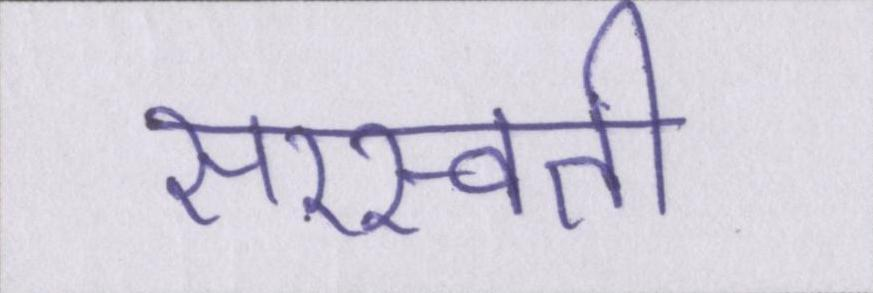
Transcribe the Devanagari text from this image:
सरस्वती